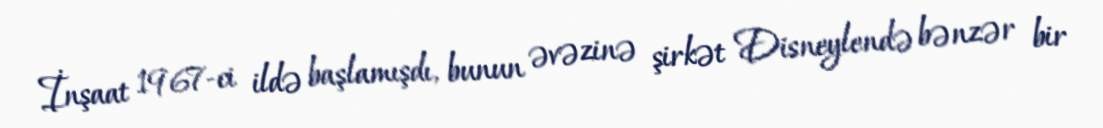
İnşaat 1967-ci ildə başlamışdı, bunun əvəzinə şirkət Disneylendə bənzər bir